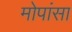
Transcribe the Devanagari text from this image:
मोपांसा